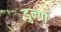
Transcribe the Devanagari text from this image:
डुन्गा